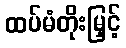
ထပ်မံတိုးမြှင့်